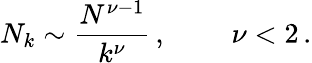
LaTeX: N_{k}\sim\frac{N^{\nu-1}}{k^{\nu}}\, ,~\qquad\nu<2\, .